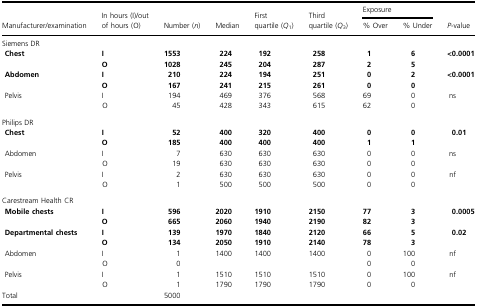
<table><thead><tr><td></td><td></td><td></td><td></td><td></td><td></td><td colspan="2"><b>Exposure</b></td><td></td></tr><tr><td><b>Manufacturer/examination</b></td><td><b>In hours (I)/out of hours (O)</b></td><td><b>Number (<i>n</i>)</b></td><td><b>Median</b></td><td><b>First quartile (<i>Q</i><sub>1</sub>)</b></td><td><b>Third quartile (<i>Q</i><sub>3</sub>)</b></td><td><b>% Over</b></td><td><b>% Under</b></td><td><b><i>P</i>-value</b></td></tr></thead><tbody><tr><td colspan="9">Siemens DR</td></tr><tr><td rowspan="2"> <b>Chest</b></td><td><b>I</b></td><td><b>1553</b></td><td><b>224</b></td><td><b>192</b></td><td><b>258</b></td><td><b>1</b></td><td><b>6</b></td><td rowspan="2"><b>&lt;0.0001</b></td></tr><tr><td><b>O</b></td><td><b>1028</b></td><td><b>245</b></td><td><b>204</b></td><td><b>287</b></td><td><b>2</b></td><td><b>5</b></td></tr><tr><td rowspan="2"> <b>Abdomen</b></td><td><b>I</b></td><td><b>210</b></td><td><b>224</b></td><td><b>194</b></td><td><b>251</b></td><td><b>0</b></td><td><b>2</b></td><td rowspan="2"><b>&lt;0.0001</b></td></tr><tr><td><b>O</b></td><td><b>167</b></td><td><b>241</b></td><td><b>215</b></td><td><b>261</b></td><td><b>0</b></td><td><b>0</b></td></tr><tr><td rowspan="2"> Pelvis</td><td>I</td><td>194</td><td>469</td><td>376</td><td>568</td><td>69</td><td>0</td><td rowspan="2">ns</td></tr><tr><td>O</td><td>45</td><td>428</td><td>343</td><td>615</td><td>62</td><td>0</td></tr><tr><td colspan="9">Philips DR</td></tr><tr><td rowspan="2"> <b>Chest</b></td><td><b>I</b></td><td><b>52</b></td><td><b>400</b></td><td><b>320</b></td><td><b>400</b></td><td><b>0</b></td><td><b>0</b></td><td rowspan="2"><b>0.01</b></td></tr><tr><td><b>O</b></td><td><b>185</b></td><td><b>400</b></td><td><b>400</b></td><td><b>400</b></td><td><b>1</b></td><td><b>1</b></td></tr><tr><td rowspan="2"> Abdomen</td><td>I</td><td>7</td><td>630</td><td>630</td><td>630</td><td>0</td><td>0</td><td rowspan="2">ns</td></tr><tr><td>O</td><td>19</td><td>630</td><td>630</td><td>630</td><td>0</td><td>0</td></tr><tr><td rowspan="2"> Pelvis</td><td>I</td><td>2</td><td>630</td><td>630</td><td>630</td><td>0</td><td>0</td><td rowspan="2">nf</td></tr><tr><td>O</td><td>1</td><td>500</td><td>500</td><td>500</td><td>0</td><td>0</td></tr><tr><td colspan="9">Carestream Health CR</td></tr><tr><td rowspan="2"> <b>Mobile chests</b></td><td><b>I</b></td><td><b>596</b></td><td><b>2020</b></td><td><b>1910</b></td><td><b>2150</b></td><td><b>77</b></td><td><b>3</b></td><td rowspan="2"><b>0.0005</b></td></tr><tr><td><b>O</b></td><td><b>665</b></td><td><b>2060</b></td><td><b>1940</b></td><td><b>2190</b></td><td><b>82</b></td><td><b>3</b></td></tr><tr><td rowspan="2"> <b>Departmental chests</b></td><td><b>I</b></td><td><b>139</b></td><td><b>1970</b></td><td><b>1840</b></td><td><b>2120</b></td><td><b>66</b></td><td><b>5</b></td><td rowspan="2"><b>0.02</b></td></tr><tr><td><b>O</b></td><td><b>134</b></td><td><b>2050</b></td><td><b>1910</b></td><td><b>2140</b></td><td><b>78</b></td><td><b>3</b></td></tr><tr><td rowspan="2"> Abdomen</td><td>I</td><td>1</td><td>1400</td><td>1400</td><td>1400</td><td>0</td><td>100</td><td rowspan="2">nf</td></tr><tr><td>O</td><td>0</td><td></td><td></td><td></td><td>0</td><td>0</td></tr><tr><td rowspan="2"> Pelvis</td><td>I</td><td>1</td><td>1510</td><td>1510</td><td>1510</td><td>0</td><td>100</td><td rowspan="2">nf</td></tr><tr><td>O</td><td>1</td><td>1790</td><td>1790</td><td>1790</td><td>0</td><td>0</td></tr><tr><td>Total</td><td></td><td>5000</td><td></td><td></td><td></td><td></td><td></td><td></td></tr></tbody></table>